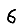
Digit: 6